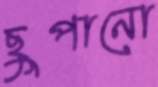
ছুপানো